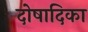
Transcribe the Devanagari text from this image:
दोषादिका